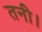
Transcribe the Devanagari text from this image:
तनी।